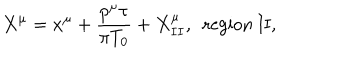
LaTeX: X ^ { \mu } = x ^ { \mu } + \frac { p ^ { \mu } \tau } { \pi { T _ { 0 } } } + X _ { I I } ^ { \mu } , ~ ~ \mathrm { r e g i o n ~ I I } ,